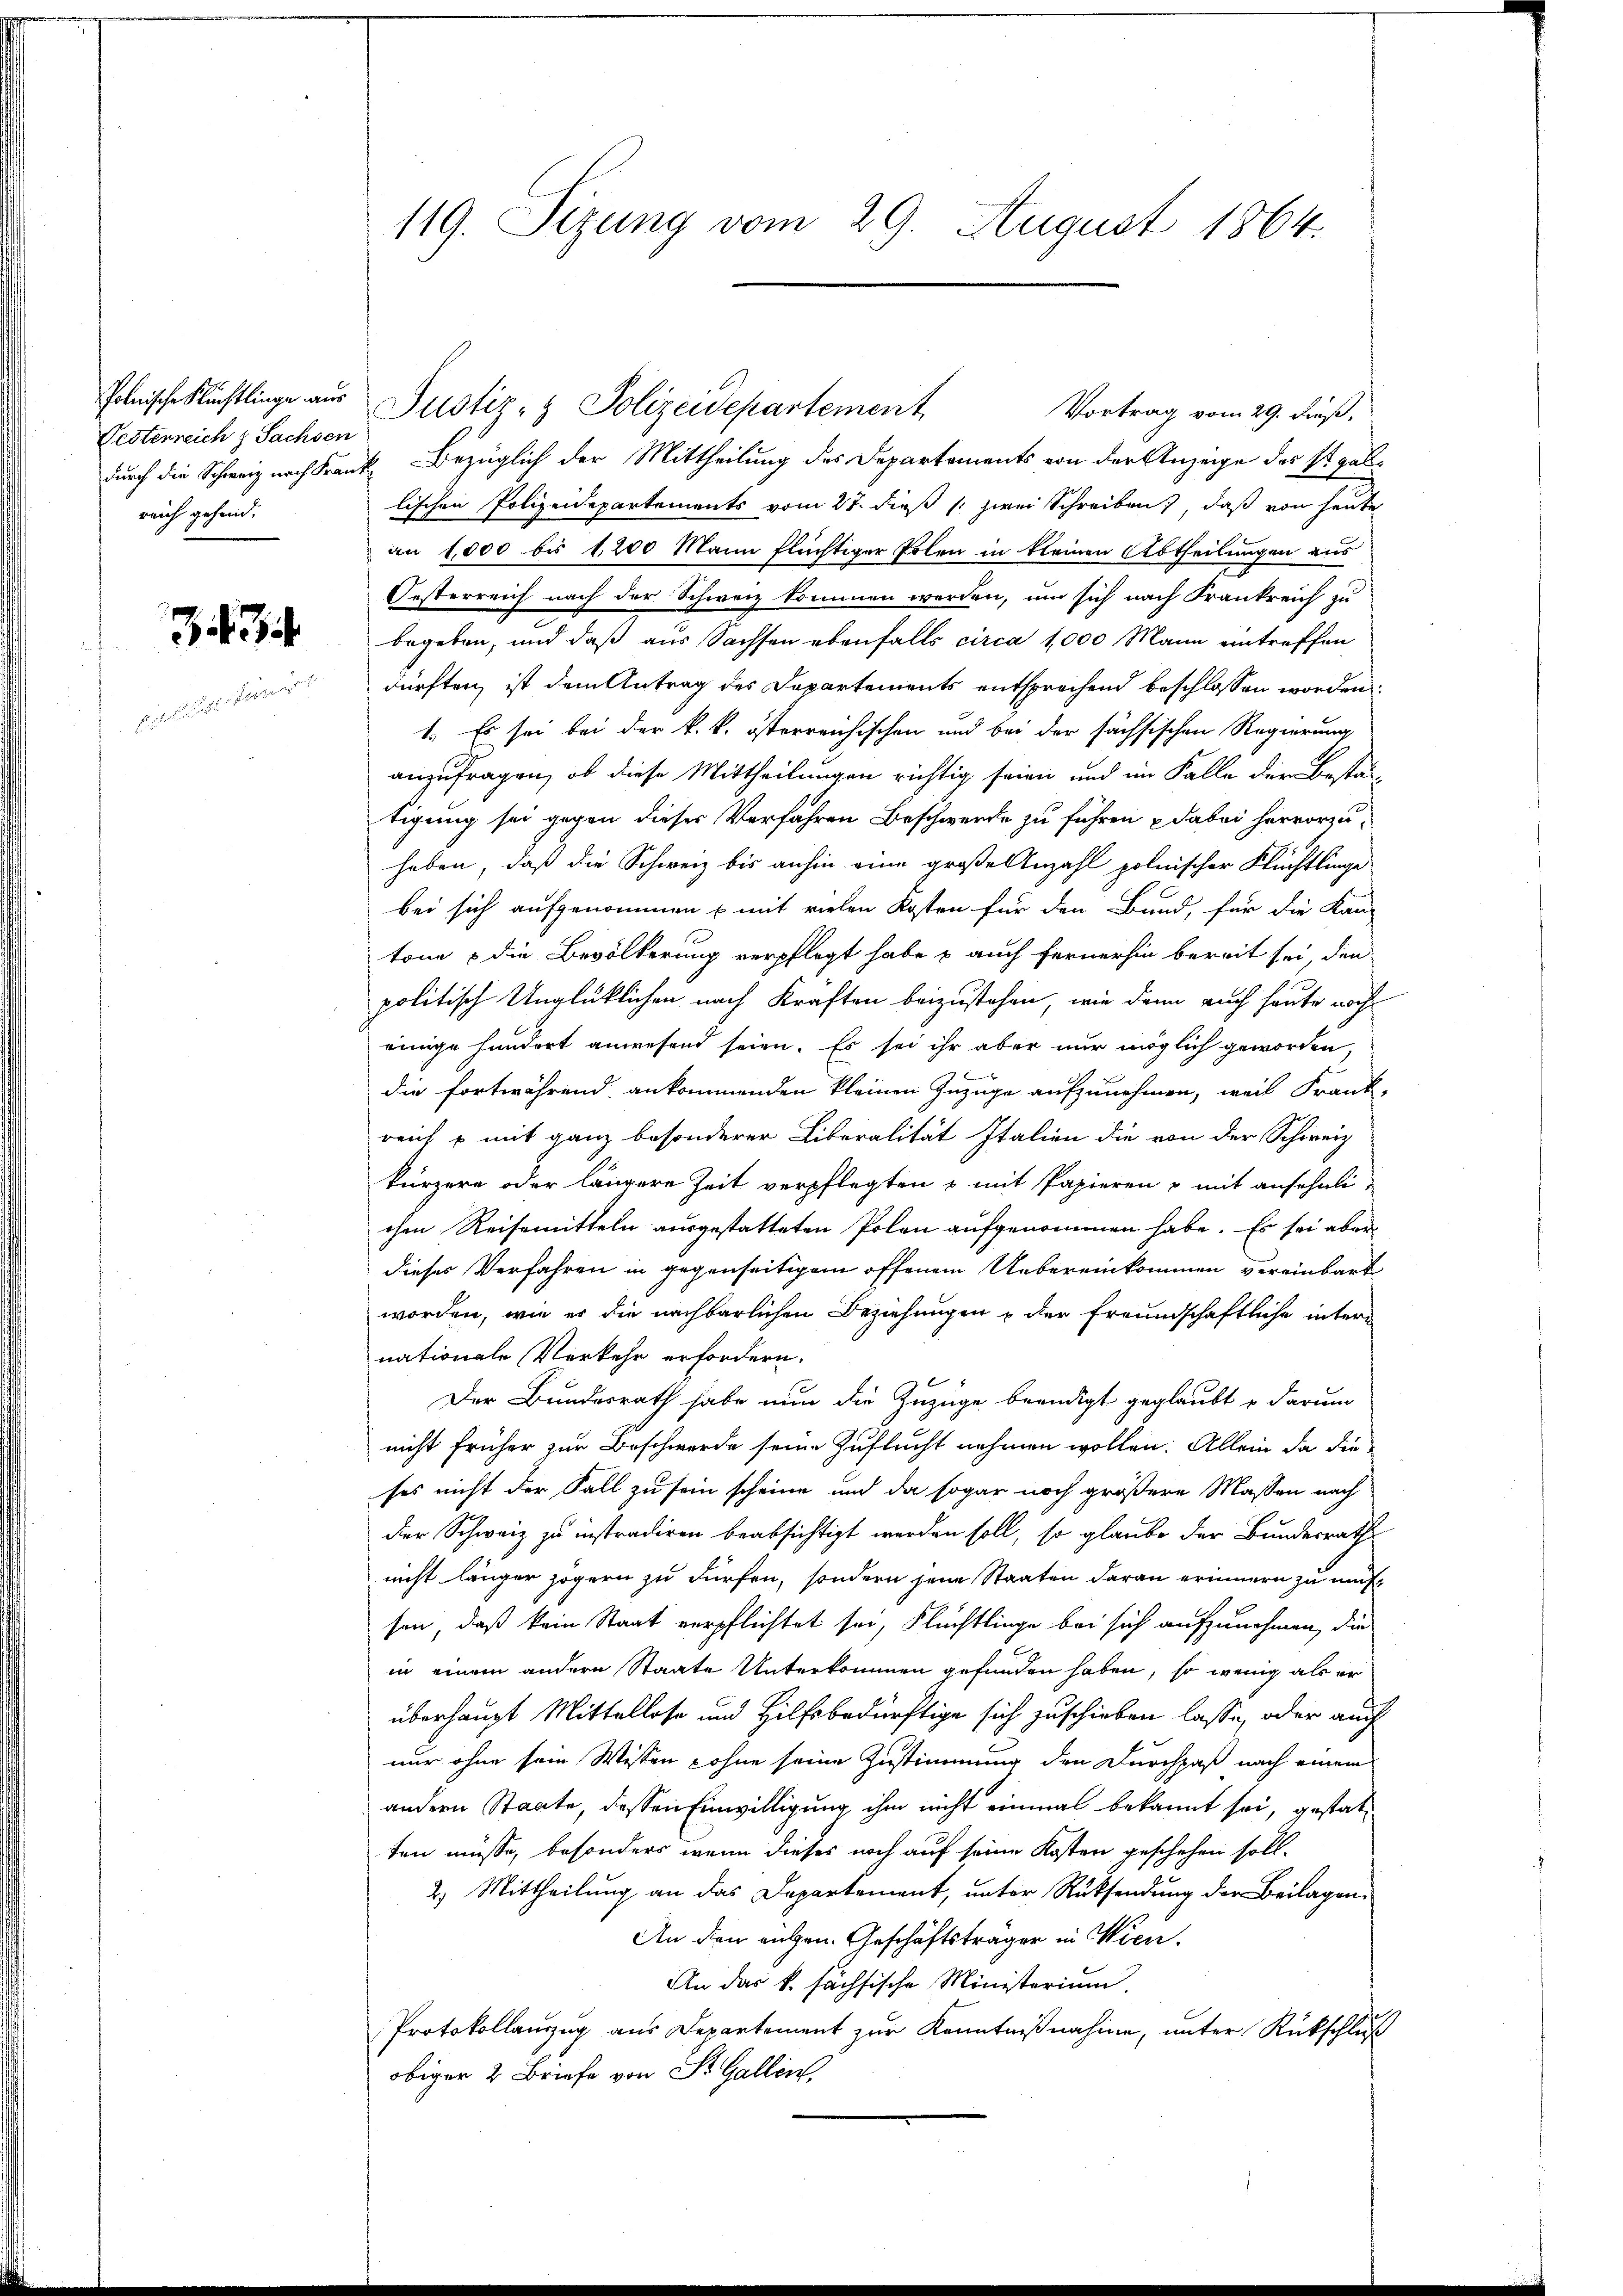
Polnische Flüchtlinge aus
Gesterreich z Sachsen
reich gehend.

3

dpellier in d

119. Sizung vom 29. August 1864.

Vortrag vom 29. dieß.
durch die Schweiz nach Frank, Bezüglich der Mittheilung des Departements von der Anzeige des St. Gallischen Polizeidepartements vom 27. dieß (: zwei Schreiben, daß von heute
an 1000 bis 1200 Mann flüchtiger Erlen in kleinen Abtheilungen aus
Oesterreich nach der Schweiz kommen werden, um sich nach Frankreich zu
begeben, und daß aus Sachsen ebenfalls circa 1,000 Mann eintreffen
dürften, ist dem Antrag des Departements entsprechend beschlossen worden.
1. Es sei bei der k. k. österreichischen und bei der sächsischen Regierung
anzufragen, ob diese Mittheilungen richtig seien und im Falle der Bestän-
tigung sei gegen dieser Verfahren Beschwerde zu führen & dabei hervorzuhaben, daß die Schweiz bis anhin eine große Anzahl polnischer Flüchtlinge
bei sich aufgenommen u mit vielen Kosten für den Band, für die Kan-
tone & die Bevölkerung verpflegt habe & auch fernerhin bereit sei, den
politisch Unglücklichen nach Kraften beizustehen, wie dann auch heute noch
einige hundort anwesend seien. Es sei ihr aber nur möglich geworden,
die fortwährend ankommenden kleinen Zuzuge aufzunehmen, weil Frank-
reich  mit ganz besonderer Liberalität Italien die von der Schweiz
kürzere oder längere Zeit verpflegten & mit Papieren u mit ansehnli-
chen Reisemitteln ausgestatteten Polen aufgenommen habe. Es sei aber
dieses Verfahren in gegenseitigem offenem Uebereinkommen vereinbart
worden, wie es die nachbarlichen Beziehungen & der freundschaftliche internationale Verkehr erfordern.
Der Bundesrath habe nun die Zuzüge beendigt geglaubt u darum
nicht früher zur Beschwerde seine Zuflucht nehmen wollen. Allein da die
fes nicht der Fall zu sein scheine und da sogar noch größere Massen nach
der Schweiz zu instradiren beabsichtigt werden soll, so glaube der Bundesrathe
nicht länger zögern zu dürfen, sondern jene Staaten daran erinnern zu muß
son, daß kein Staat verpflichtet sei, Flüchtlinge bei sich aufzunehmen, die
in einem andern Staate Unterkommen gefunden haben, so wenig als er
überhaupt Mittellose und Hilfsbedürftige sich zuschieben lasse, oder auch
nur ohne sein Wissen wohne seine Zustimmung den Durchpaß nach einem
andern Staate, dessen Einwilligung ihm nicht einmal bekannt sei, gestatten müsse, besonders wenn dieses noch auf seine Kosten geschehen soll.
2.) Mittheilung an das Departement, unter Rücksendung der Beilagen.
An den ruhen. Geschäftsträger in Wien.
An das k. sächsische Ministerium,
Protokollanzug aus Departement zur Kenntnißnahme, unter Rückschluß
obiger 2 Briefe von St. Gallen,

Justiz- & Polizeidepartement